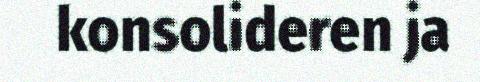
konsolideren ja